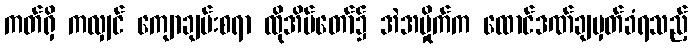
ကတ်ရှိ ကလျှင် ကျောချမ်းစရာ ထိုအိမ်တော်၌ အဲအမှိုက်က ထောင်ဒဏ်ချမှတ်ခံရသည့်